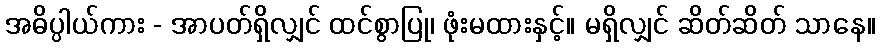
အဓိပ္ပါယ်ကား - အာပတ်ရှိလျှင် ထင်စွာပြု၊ ဖုံးမထားနှင့်။ မရှိလျှင် ဆိတ်ဆိတ် သာနေ။